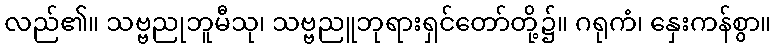
လည်၏။ သဗ္ဗညုဘူမီသု၊ သဗ္ဗညူဘုရားရှင်တော်တို့၌။ ဂရုကံ၊ နှေးကန်စွာ။